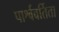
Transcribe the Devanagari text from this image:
पार्श्ववर्तिता